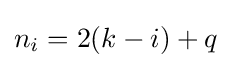
n_{i}=2(k-i)+q